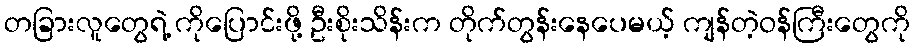
တခြားလူတွေရဲ့ ကိုပြောင်းဖို့ ဦးစိုးသိန်းက တိုက်တွန်းနေပေမယ့် ကျန်တဲ့ဝန်ကြီးတွေကို